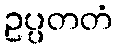
ဥပ္ပတတံ